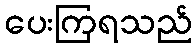
ပေးကြရသည်